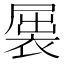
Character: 𲀷